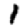
Digit: 1